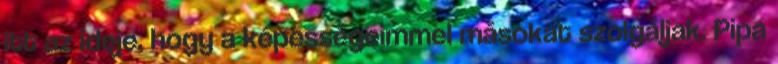
itt az ideje, hogy a képességeimmel másokat szolgáljak. Pipa